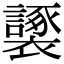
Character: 𧞮